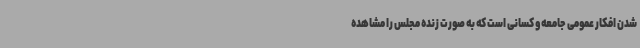
شدن افکار عمومی جامعه و کسانی است که به صورت زنده مجلس را مشاهده